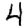
Digit: 4